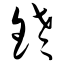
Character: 铑